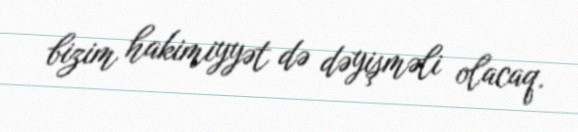
bizim hakimiyyət də dəyişməli olacaq.